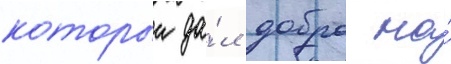
которыи да́л добро на́